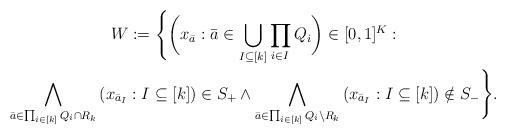
LaTeX: \begin{gather*}W := \Bigg\{\bigg(x_{\bar{a}} : \bar{a} \in \bigcup_{I \subseteq [k]} \prod_{i \in I} Q_i \bigg) \in [0,1]^{K} : \\\bigwedge_{\bar{a} \in \prod_{i \in [k]} Q_i \cap R_k} \left( x_{\bar{a}_I} : I \subseteq [k] \right) \in S_{+} \land \bigwedge_{\bar{a} \in \prod_{i \in [k]} Q_i \setminus R_k} \left( x_{\bar{a}_I} : I \subseteq [k] \right) \notin S_{-} \Bigg\}.\end{gather*}